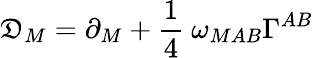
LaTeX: \mathfrak{D}_{M}=\partial_{M}+{\frac{{1}}{{4}}}~\omega_{MAB}\Gamma^{AB}